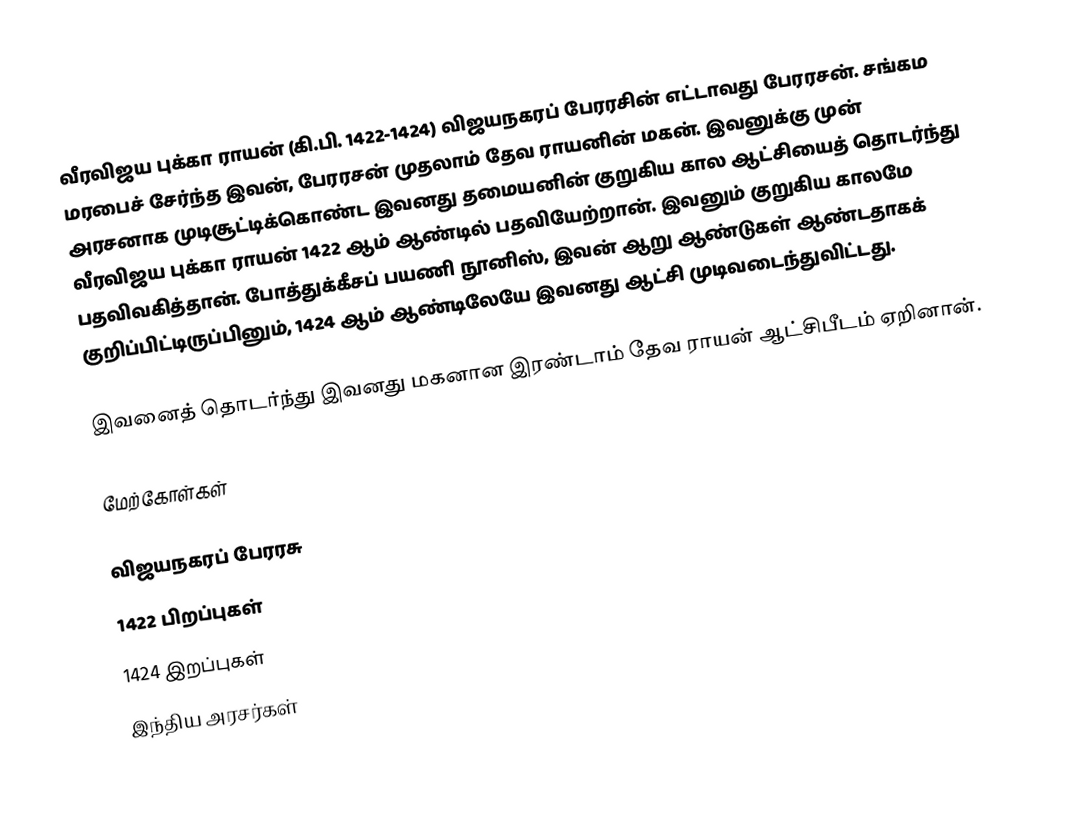
வீரவிஜய புக்கா ராயன் (கி.பி. 1422-1424) விஜயநகரப் பேரரசின் எட்டாவது பேரரசன். சங்கம மரபைச் சேர்ந்த இவன், பேரரசன் முதலாம் தேவ ராயனின் மகன். இவனுக்கு முன் அரசனாக முடிசூட்டிக்கொண்ட இவனது தமையனின் குறுகிய கால ஆட்சியைத் தொடர்ந்து வீரவிஜய புக்கா ராயன் 1422 ஆம் ஆண்டில் பதவியேற்றான். இவனும் குறுகிய காலமே பதவிவகித்தான். போத்துக்கீசப் பயணி நூனிஸ், இவன் ஆறு ஆண்டுகள் ஆண்டதாகக் குறிப்பிட்டிருப்பினும், 1424 ஆம் ஆண்டிலேயே இவனது ஆட்சி முடிவடைந்துவிட்டது.

இவனைத் தொடர்ந்து இவனது மகனான இரண்டாம் தேவ ராயன் ஆட்சிபீடம் ஏறினான்.

மேற்கோள்கள்

விஜயநகரப் பேரரசு
1422 பிறப்புகள்
1424 இறப்புகள்
 இந்திய அரசர்கள்